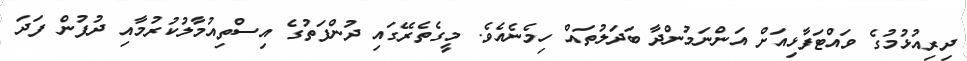
ދިރިއުޅުމުގެ ވައްޓަފާޅިއަށް އަންނަމުންދާ ބަދަލުތައް ހިމެނެއެވެ. މީގެތެރޭގައި ދުންފަތުގެ އިސްތިއުމާލުކުރުމާއި ދުފުން ފަދަ